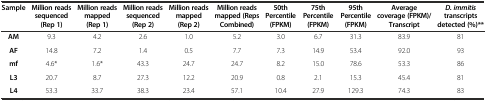
| Sample | Million reads sequenced (Rep 1) | Million reads mapped (Rep 1) | Million reads sequenced (Rep 2) | Million reads mapped (Rep 2) | Million reads mapped (Reps Combined) | 50th Percentile (FPKM) | 75th Percentile (FPKM) | 95th Percentile (FPKM) | Average coverage (FPKM)/Transcript | D. immitistranscripts detected (%)** |
 | --- | --- | --- | --- | --- | --- | --- | --- | --- | --- | --- |
 | AM | 9.3 | 4.2 | 2.6 | 1.0 | 5.2 | 3.0 | 6.7 | 31.3 | 83.9 | 81 |
 | AF | 14.8 | 7.2 | 1.4 | 0.5 | 7.7 | 7.3 | 14.9 | 53.4 | 92.0 | 93 |
 | mf | 4.6* | 1.6* | 43.3 | 24.7 | 24.7 | 8.2 | 15.0 | 78.6 | 53.3 | 86 |
 | L3 | 20.7 | 8.7 | 27.3 | 12.2 | 20.9 | 0.8 | 2.1 | 15.3 | 45.4 | 81 |
 | L4 | 53.3 | 33.7 | 38.3 | 23.4 | 57.1 | 10.4 | 27.9 | 129.3 | 74.3 | 83 |